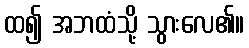
ထ၍ အဘထံသို့ သွားလေ၏။